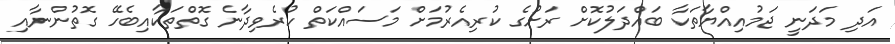
އަދި މަދަނީ ޖަމުއިއްޔާތަކާ ބައްދަލުކޮށް ރަށުގެ ކުރިއެރުމަށް މަސައްކަތް ކުރެވިދާނެ ގޮތްތަކާއިބެހޭ ގޮތުންނާއި